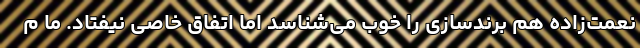
نعمت‌زاده هم برندسازی را خوب می‌شناسد اما اتفاق خاصی نیفتاد. ما م